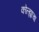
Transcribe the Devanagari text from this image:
कोल्ह्याचा